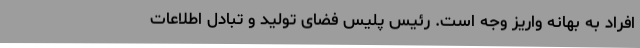
افراد به بهانه واریز وجه است. رئیس پلیس فضای تولید و تبادل اطلاعات